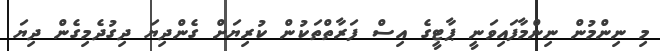
މި ނިންމުން ނިންމާފައިވަނީ ޕާޓީގެ އިސް ފަރާތްތަކުން ކުރިޔަށް ގެންދިޔަ ދިގުދެމިގެން ދިޔަ